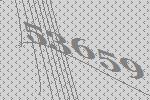
53659